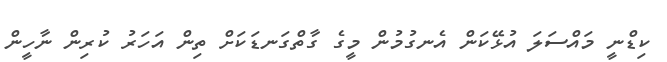
ކިޑްނީ މައްސަލަ އުޅޭކަން އެނގުމުން މީގެ ގާތްގަނޑަކަށް ތިން އަހަރު ކުރިން ނާހީން